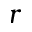
r